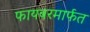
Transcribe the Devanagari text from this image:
फायबरमार्फत